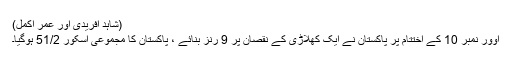
(شاہد آفریدی اور عمر اکمل)
اوور نمبر 10 کے اختتام پر پاکستان نے ایک کھلاڑی کے نقصان پر 9 رنز بنائے ، پاکستان کا مجموعی اسکور 51/2 ہوگیا۔